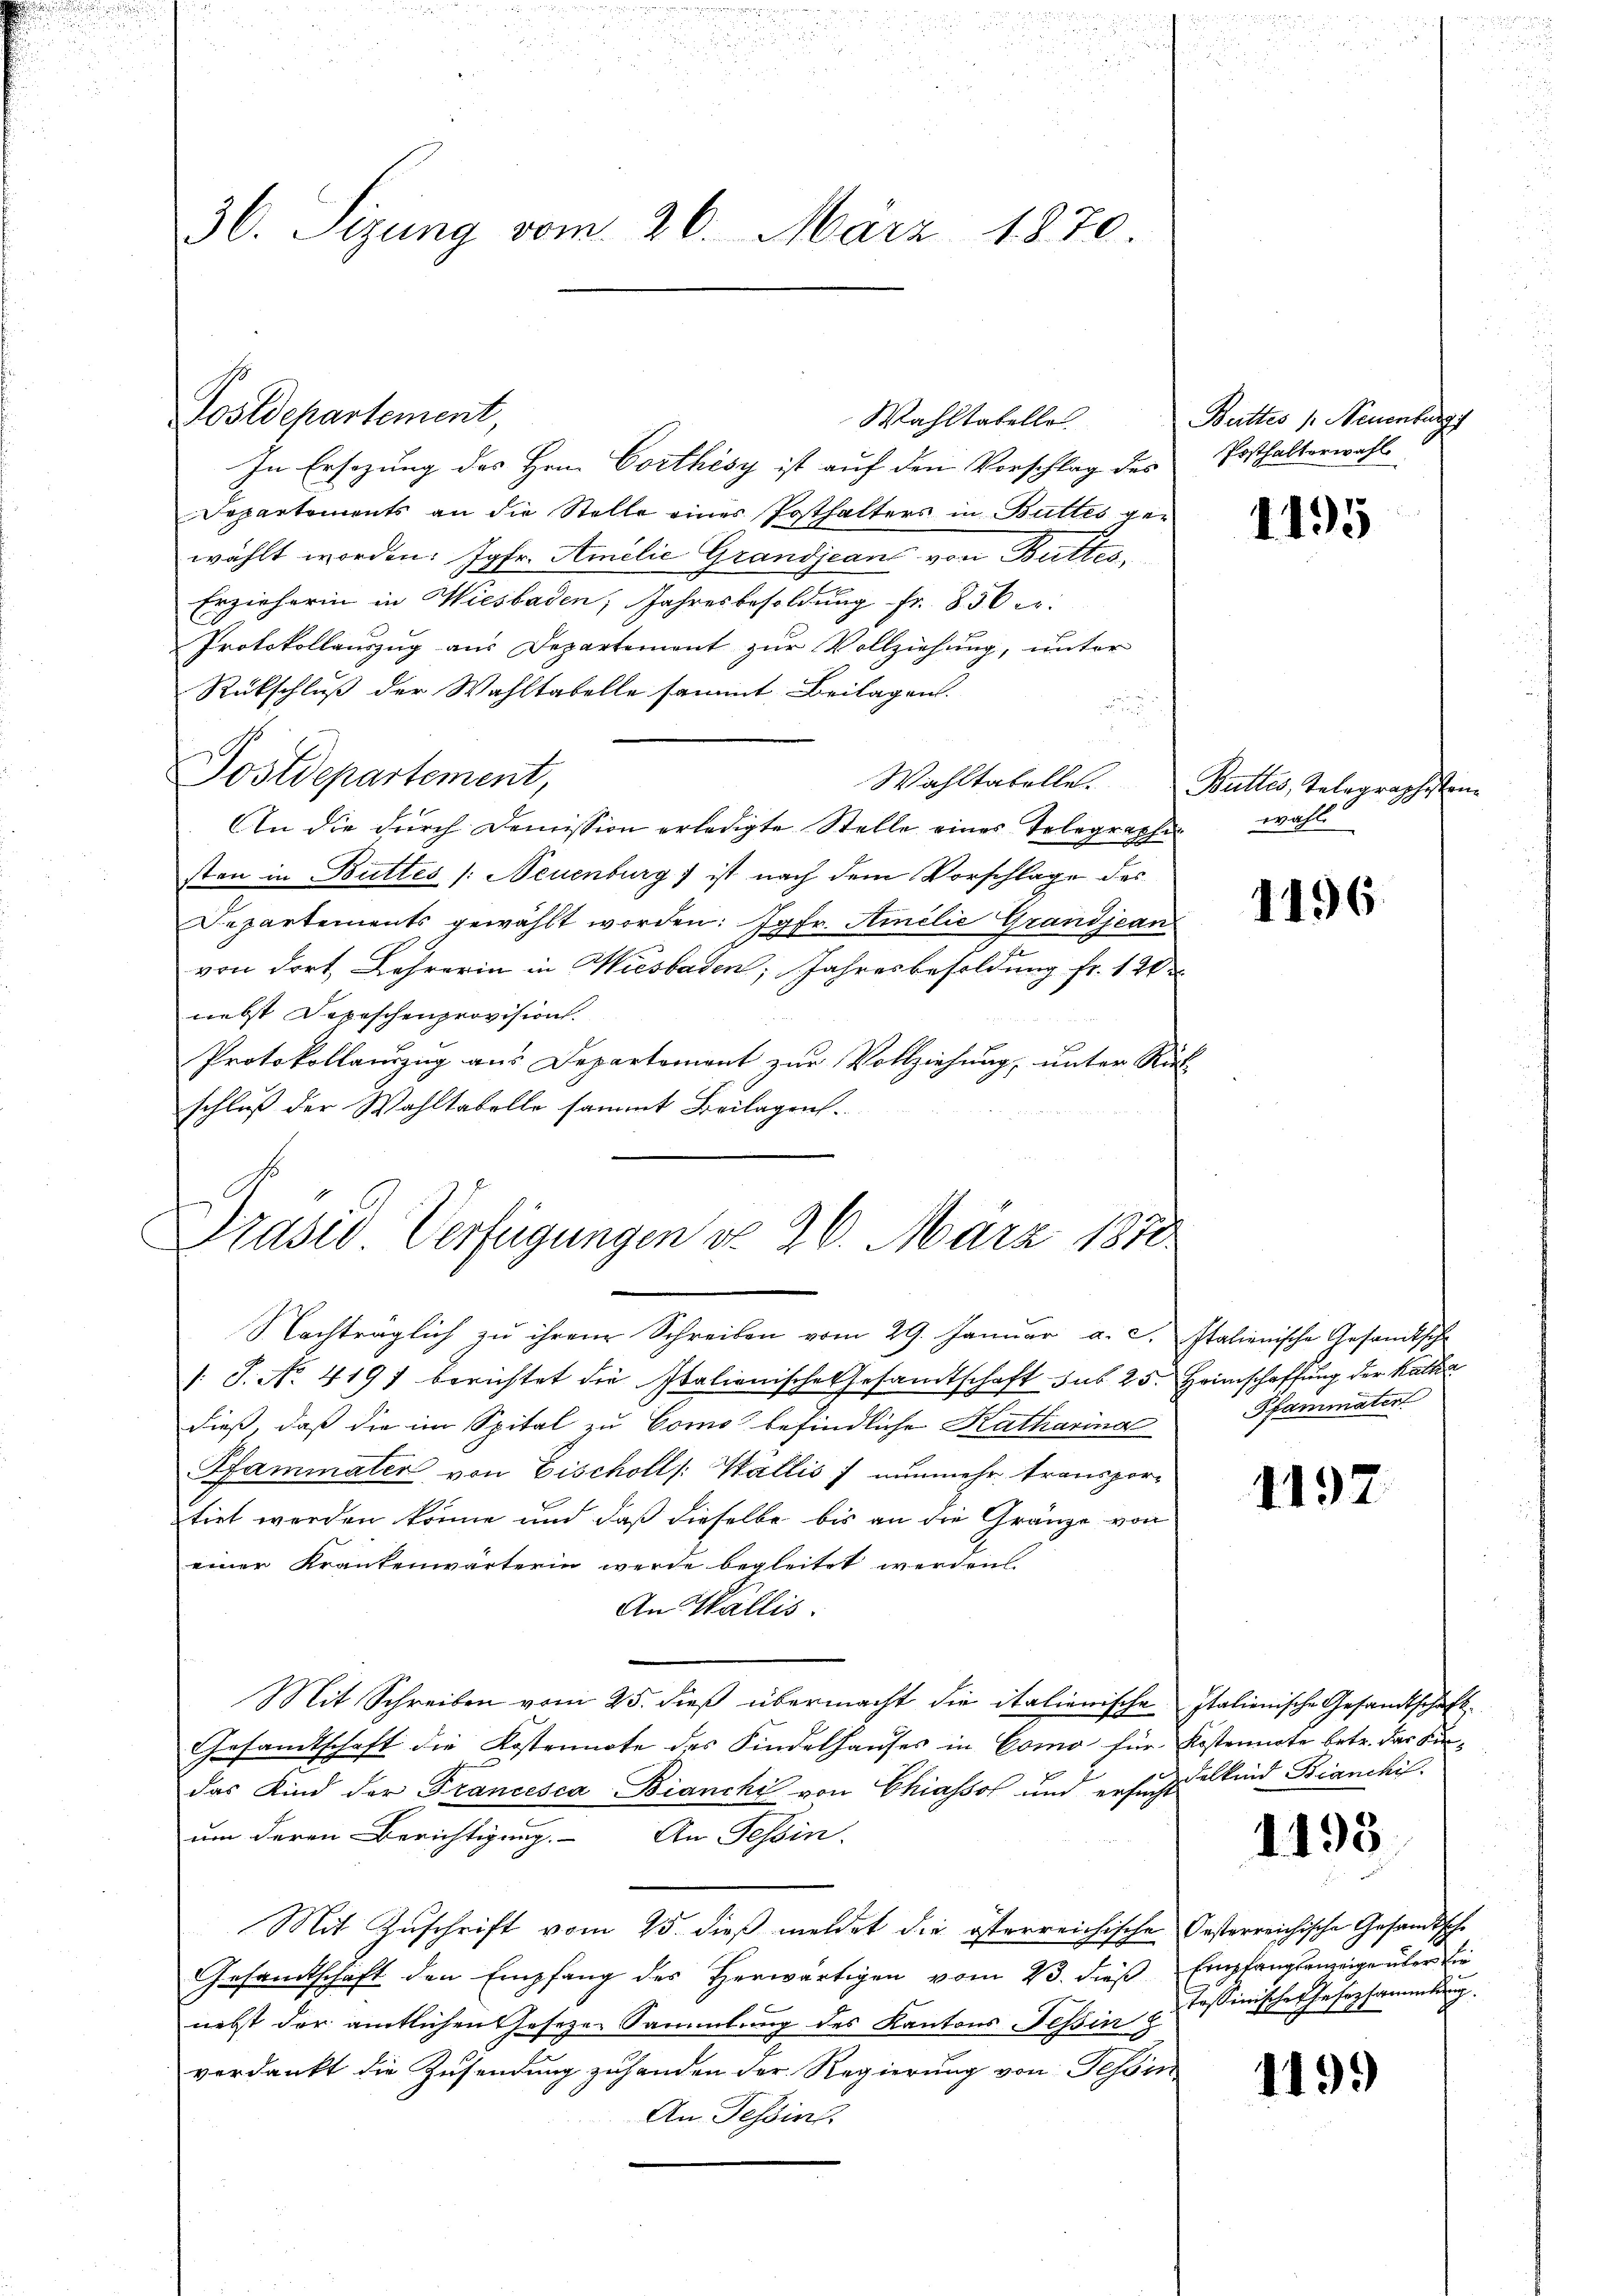
36. Sizung vom 26. März 1870.

Postdepartement,

Postdepartement,

Präsid Verfügungen do 26. März 1810.
Nachträglich zu ihren Schreiben vom 29. Januar a. c. Italienische Gesandtsche

Wahltatelle

In Ersezung des Hrn. Corthèsy ist auf den Vorschlag des
Departements an die Stelle einer Posthalters in Buttes gewählt worden: Jgfr. Amilie Grandjean von Buttes
Erzieherin in Wiesbaden, Jahresbesoldŭng fr. 856 c.
Protokollauszug aus Departement zur Vollziehung, unter
Rückschluß der Wahltabelle sammt Beilagen.
i
u.
In die durch Demission erledigte Stelle eines Telegraphen wohl
sten in Buttes /: Neuenburg ist nach dem Vorschlage des
Separtements gewählt worden: Jgfr. Ainilie Grandjean
von dort Lehrerin in Wiesbaden, Jahresbesoldung fr. 12
nebst Depeschenprovision.
Protokollauszug aus Departement zur Vollziehung, unter Rück
schluß der Wahltabelle sammt Beilagen.

Buttes /: Neuenburg
Posthalterwahl

/: J. No. 4197 berichtet die Italienische Gesandtschaft sub 25. Heimschaffung der Kattin
dieß, daß die im Spital zu Como befindliche Katharina
Pfammater von Eischoll /: Wallis) nunmehr transpor-
tirt werden könne und daß dieselbe bis an die Gränze von
einer Krankenwärterin werde begleitet werden
An Wallis.
Mit Schreiben vom 25. dieß übermacht die italienische Italienische Gesandtschaft
Gesamtschaft die Kostennote des Kindelhauses in Como für Kostennote betr. das Kindas Kind der Francesca Bianchi von Chiassol und ersuchen kind Bianchifum deren Berichtigung. An Tessin.
Mit Zuschrift vom 25. dieß meldet die österreichische Oesterreichische Gesandtsche
Gesandtschaft den Empfang des herwärtigen vom 23. dieβ Empfangsanzeige über die
nebst der amtlichen Gesetze Sammlung des Kantons Tessin
verdankt die Zusendung zuhanden der Regierung von Tessin
An Tessins

1195

Wahltabelle. Buttes, Telegraphisten

1196

Pfammater

1197

1195

Tessinisches Gesetzsammlung.

1199)